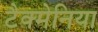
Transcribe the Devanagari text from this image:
टैक्मेनिया